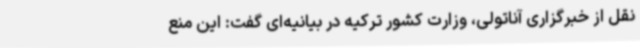
نقل از خبرگزاری آناتولی، وزارت کشور ترکیه در بیانیه‌ای گفت: این منع